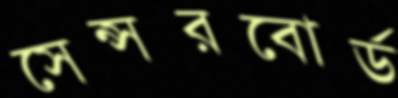
সেন্সরবোর্ড